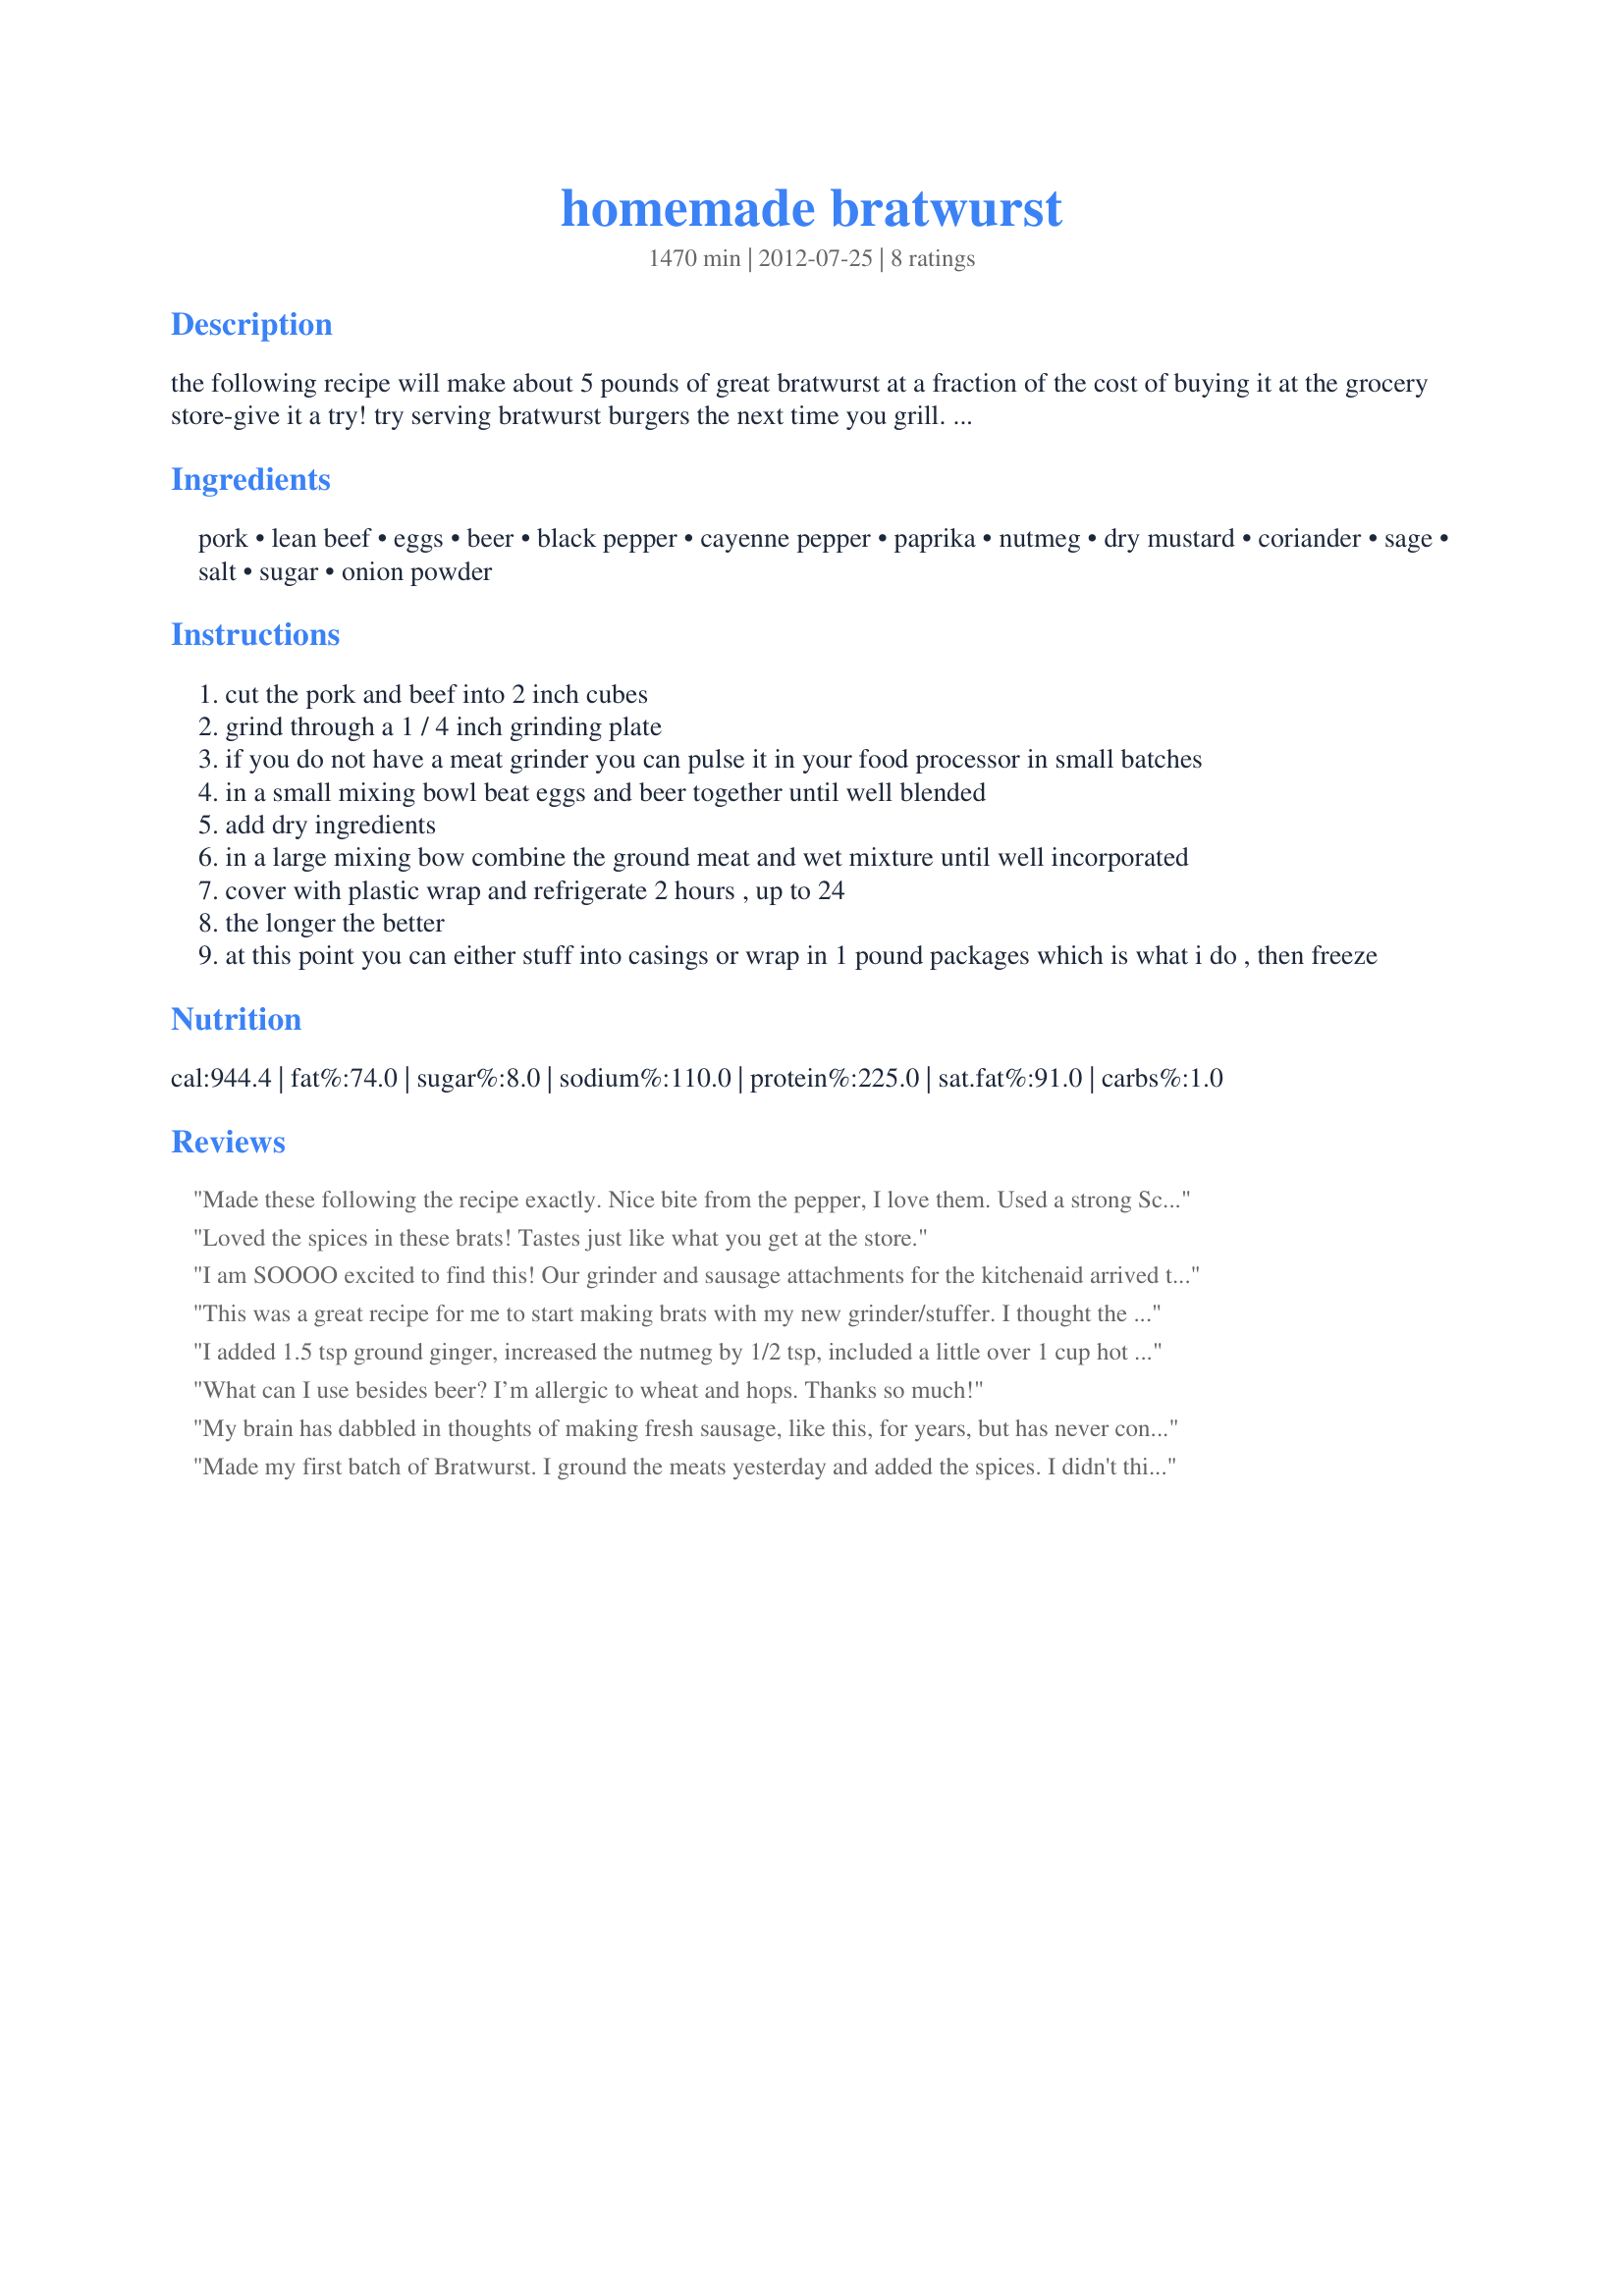
homemade bratwurst
Preparation time: 1470 minutes

the following recipe will make about 5 pounds of great bratwurst at a fraction of the cost of buying it at the grocery store-give it a try!
try serving bratwurst burgers the next time you grill. condiments range from the traditional-kraut and a good german mustard, to my favorite way which is mayo, german mustard, ketchup, thick slices of tomato and leaf lettuce on a crusty, grilled bun. delish!
cooking time is the amount of time mixture sits in the fridge.

Ingredients:
pork, lean beef, eggs, beer, black pepper, cayenne pepper, paprika, nutmeg, dry mustard, coriander, sage, salt, sugar, onion powder

Steps:
cut the pork and beef into 2 inch cubes
grind through a 1 / 4 inch grinding plate
if you do not have a meat grinder you can pulse it in your food processor in small batches
in a small mixing bowl beat eggs and beer together until well blended
add dry ingredients
in a large mixing bow combine the ground meat and wet mixture until well incorporated
cover with plastic wrap and refrigerate 2 hours , up to 24
the longer the better
at this point you can either stuff into casings or wrap in 1 pound packages which is what i do , then freeze

Reviews:
Made these following the recipe exactly. Nice bite from the pepper, I love them. Used a strong Scotch Ale for the beer. Never buying beer brats again!
Loved the spices in these brats! Tastes just like what you get at the store.
I am SOOOO excited to find this! Our grinder and sausage attachments for the kitchenaid arrived today! I know what we’re doing this weekend! Thanks!!!!
This was a great recipe for me to start making brats with my new grinder/stuffer. I thought the salt and pepper were to heavy for my taste. I would recommend that you add less of each, fry a patty before stuffing and judge for yourself. I also added caraway seed to taste. I will make my adjustments and keep my version of this recipe.
I added 1.5 tsp ground ginger, increased the nutmeg by 1/2 tsp, included a little over 1 cup hot green Hatch chile, and subbed cider for the beer. It turned out great. I have also subbed elk for beef in the past to great effect. Lastly, one can add a little frozen duck fat for extra rich sausages.
What can I use besides beer? I’m allergic to wheat and hops. Thanks so much!
My brain has dabbled in thoughts of making fresh sausage, like this, for years, but has never convinced me to make the effort...until now. This recipe was enough to tip the canoe and get elbow deep in fresh ground meat and seasonings. My youngest son and I had a good time (bonding) in the kitchen. While we have yet to try the sausage (it's still in the fridge getting happy), I wanted to say thanks for posting this starter recipe for us! We did make a couple of tweaks, to utilize what we had on hand, and will post pictures and method on my Facebook page at www.FB.com/JimRhino. Thanks again for the inspiration!
Made my first batch of Bratwurst. I ground the meats yesterday and added the spices. I didn't think I had enough Pork fat, the butcher went a little too far with trimming. And since I couldn't find any fat back. I used a 1/4 pound of salt pork. And reduced the amount of salt to 2.5 teaspoons. The test patty was great with the spices outlined here. So this morning I stuffed the brats. And I'm allowing them to bloom for 24 hours before I vacuum pack the ones we are not eating tomorrow for dinner. Can't wait! My next batch will have cheddar cheese and onions mixed in. Great recipe!
